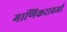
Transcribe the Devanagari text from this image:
माणिकरावजी